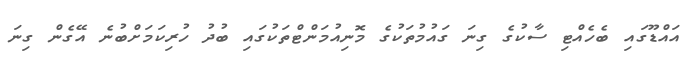
އައްޑޫގައި ބެހެއްޓި ސާކުގެ ގިނަ ގައުމުތަކުގެ މޮނިއުމަންޓްތަކުގައި ބުދު ހުރިކަމަށްބުނެ އޭގެން ގިނަ